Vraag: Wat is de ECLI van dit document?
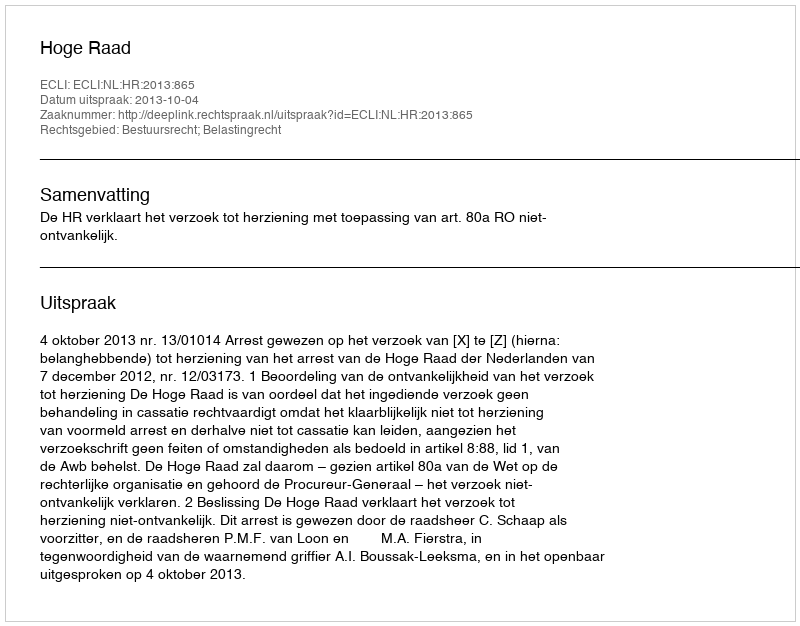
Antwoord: ECLI:NL:HR:2013:865